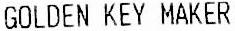
GOLDEN KEY MAKER